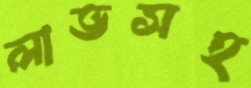
লাভসহ